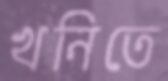
খনিতে